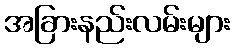
အခြားနည်းလမ်းများ